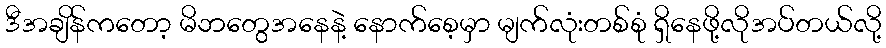
ဒီအချိန်ကတော့ မိဘတွေအနေနဲ့ နောက်စေ့မှာ မျက်လုံးတစ်စုံ ရှိနေဖို့လိုအပ်တယ်လို့